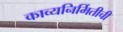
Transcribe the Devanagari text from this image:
काव्यनिर्मितीची